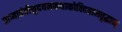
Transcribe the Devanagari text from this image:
प्राप्यावंतीनुदयनकथाकोविदग्रामवृद्धान्